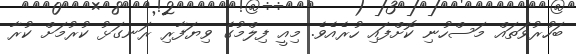
ބަހުރުވަތައް މަސްހުނި ކޮށްފައި ހުރެއެވެ. މިއީ ފިލްމުގެ ވިޔަފާރި ރަނގަޅު ކުރުމަށް ކުރާ